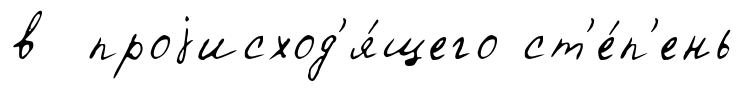
в проjисход'я́щего ст'е́п'ень